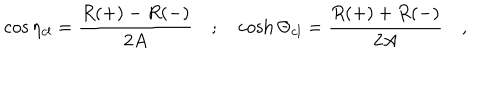
LaTeX: \cos \eta _ { c l } = \frac { R ( + ) - R ( - ) } { 2 A } \quad ; \quad \cosh \Theta _ { c l } = \frac { R ( + ) + R ( - ) } { 2 A } \quad ,